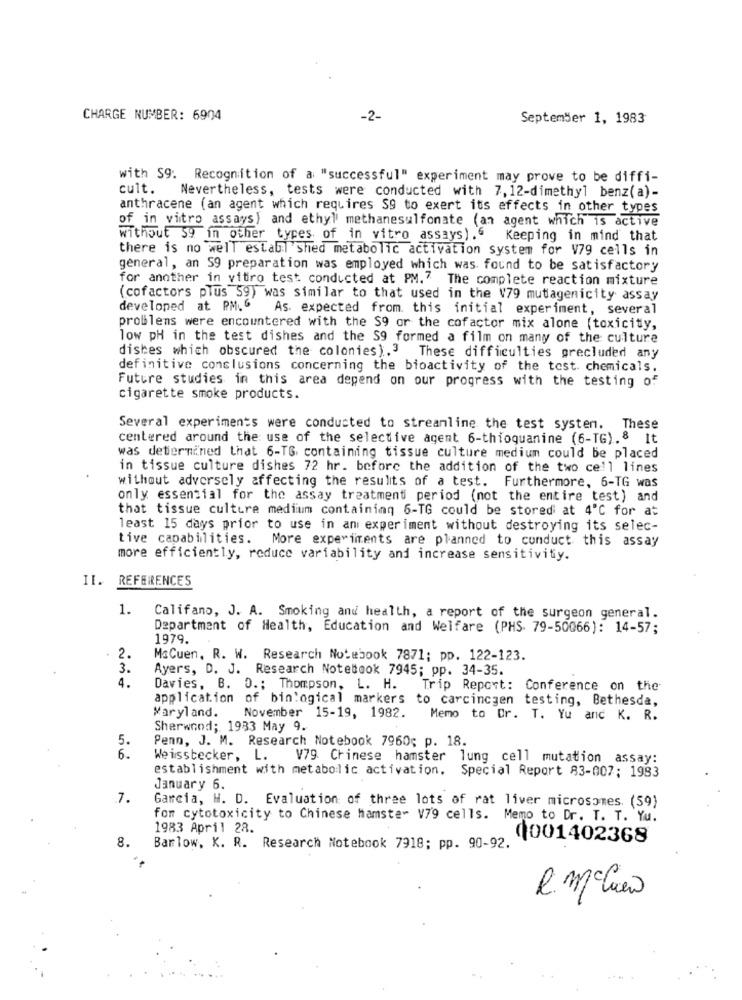
CHARGE NUMBER: 6904
-2-
September 1, 1983
with S9. Recognition of a "successful" experiment may prove to be diffi-
cult.
Nevertheless, tests were conducted with 7, 12-dimethyl benz(a)-
anthracene (an agent which requires $9 to exert its effects in other types
of in vitro assays) and ethyl methanesulfonate (an agent which is active
without $9 in other types of in vitro assays) .6
Keeping in mind that
there is no well estabil shed metabolic activation system for V79 cells in
general, an S9 preparation was employed which was found to be satisfactory
for another in vitro test conducted at PM." The complete reaction mixture
(cofactors plus 59) was similar to that used in the V79 mutagenicity assay
developed at PM.G
As. expected from. this initial experiment, several
problems were encountered with the S9 or the cofactor mix alone (toxicity,
low pH in the test dishes and the S9 formed a film on many of the culture
dishes which obscured the colonies).3 These difficulties precluded any
definitive conclusions concerning the bioactivity of the test. chemicals.
Future studies in this area depend on our progress with the testing of
cigarette smoke products.
Several experiments were conducted to streamline the test system. These
centered around the use of the selective agent 6-thioguanine (6-TG).8 It
was determined that 6-TG. containing tissue culture medium could be placed
in tissue culture dishes 72 hr. before the addition of the two cell lines
without adversely affecting the results of a test. Furthermore, 6-TG was
only essential for the assay treatment period (not the entire test) and
that tissue culture medium containing 6-TG could be stored at 4℃ for at
least 15 days prior to use in an experiment without destroying its selec-
tive capabilities.
More experiments are planned to conduct this assay
more efficiently, reduce variability and increase sensitivity.
II. REFERENCES
1.
Califano, J. A. Smoking and health, a report of the surgeon general.
Department of Health, Education and Welfare (PHS 79-50066): 14-57;
1979.
2.
MoCuen. R. W. Research Notebook 7871; pp. 122-123.
3.
Ayers, D. J. Research Notetook 7945; pp. 34-35.
4.
Davies, B. O .; Thompson, L. H.
Trip Report: Conference on the
application of bin'ogical markers to carcincgen testing, Bethesda,
Maryland.
November 15-19, 1982. Memo to Or. T. Yu and K. R.
Sherwood; 1983 May 9.
5.
Penn, J. M. Research Notebook 7960; p. 18.
6.
Weisstecker, L. V79 Chinese hamster lung cell mutation assay:
establishment with metabolic activation. Special Report 83-007: 1983
January 6.
7.
Garcia, H. D. Evaluation of three lots of rat liver microsomes. (59)
for cytotoxicity to Chinese hamster V79 cells. Memo to Dr. T. T. Yu.
1983 April 28.
8.
0001402368
Barlow, K. R. Research Notebook 7918; pp. 90-92.
R.machen